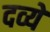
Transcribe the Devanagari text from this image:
दव्ये